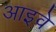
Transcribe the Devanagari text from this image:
आइवे